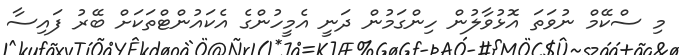
މި ސްކޭމް ނުވަތަ އޮޅުވާލުން ހިންގަމުން ދަނީ އެމީހުންގެ އެކައުންޓްތަކަށް ބޭރު ފައިސާ